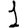
Digit: 1